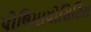
પોલિમાયોસિટિસ